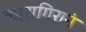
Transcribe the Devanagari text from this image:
कारागिरानं